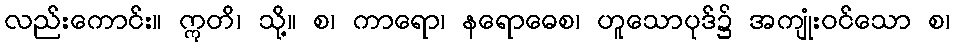
လည်းကောင်း။ ဣတိ၊ သို့။ စ၊ ကာရော၊ နရောဓေစ၊ ဟူသောပုဒ်၌ အကျုံးဝင်သော စ၊